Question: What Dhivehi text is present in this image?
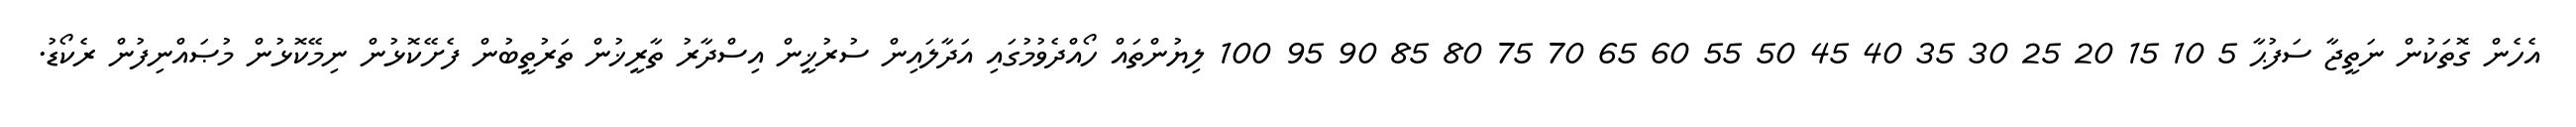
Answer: އެހެން ގޮތަކުން ނަތީޖާ ސަފުޙާ 5 10 15 20 25 30 35 40 45 50 55 60 65 70 75 80 85 90 95 100 ލިޔުންތައް ހޯއްދެވުމުގައި އަދާލައިން ސުރުޚީން އިސްދާރު ތާރީޚުން ތަރުތީބުން ފެށޭކޮޅުން ނިމޭކޮޅުން މުޞައްނިފުން ރެކޯޑު.